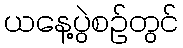
ယနေ့ပွဲစဉ်တွင်